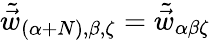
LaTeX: \tilde{\vec{w}}_{(\alpha+N),\beta,\zeta}=\tilde{\vec{w}}_{\alpha\beta\zeta}